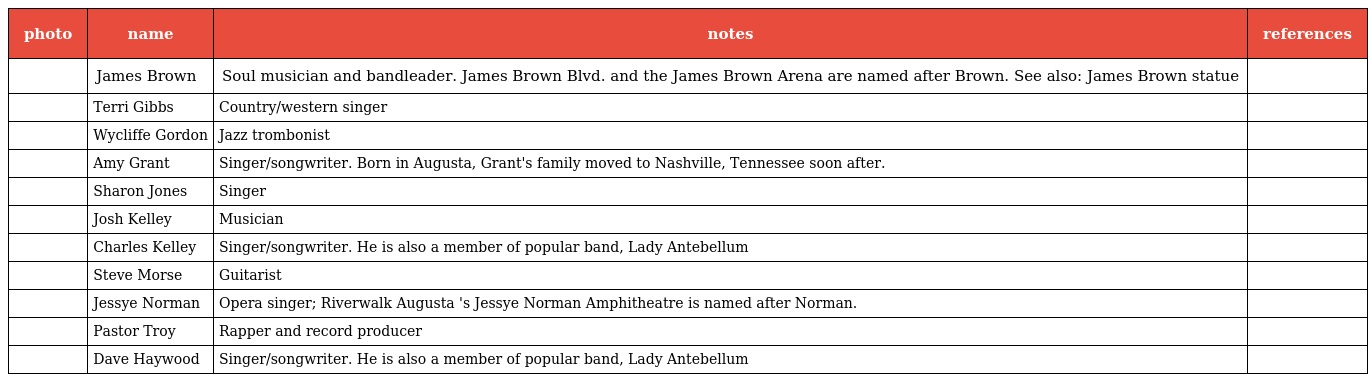
| photo | name | notes | references |
 | --- | --- | --- | --- |
 |  | James Brown | Soul musician and bandleader. James Brown Blvd. and the James Brown Arena are named after Brown. See also: James Brown statue |  |
 |  | Terri Gibbs | Country/western singer |  |
 |  | Wycliffe Gordon | Jazz trombonist |  |
 |  | Amy Grant | Singer/songwriter. Born in Augusta, Grant's family moved to Nashville, Tennessee soon after. |  |
 |  | Sharon Jones | Singer |  |
 |  | Josh Kelley | Musician |  |
 |  | Charles Kelley | Singer/songwriter. He is also a member of popular band, Lady Antebellum |  |
 |  | Steve Morse | Guitarist |  |
 |  | Jessye Norman | Opera singer; Riverwalk Augusta 's Jessye Norman Amphitheatre is named after Norman. |  |
 |  | Pastor Troy | Rapper and record producer |  |
 |  | Dave Haywood | Singer/songwriter. He is also a member of popular band, Lady Antebellum |  |